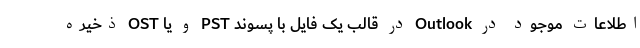
اطلاعات موجود در Outlook در قالب یک فایل با پسوند PST و یا OST ذخیره